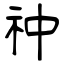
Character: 祌